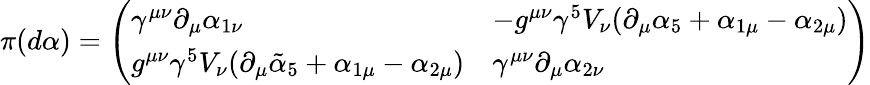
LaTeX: \pi(d\alpha)=\left(\begin{array}{ll}{{\gamma^{\mu\nu}\partial_{\mu}\alpha_{1\nu}}}&{{-g^{\mu\nu}\gamma^{5}V_{\nu}(\partial_{\mu}\alpha_{5}+\alpha_{1\mu}-\alpha_{2\mu})}}\\ {{g^{\mu\nu}\gamma^{5}V_{\nu}(\partial_{\mu}\tilde{\alpha}_{5}+\alpha_{1\mu}-\alpha_{2\mu})}}&{{\gamma^{\mu\nu}\partial_{\mu}\alpha_{2\nu}}}\end{array}\right)